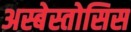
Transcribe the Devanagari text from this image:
अस्बेस्तोसिस